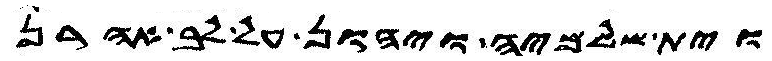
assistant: וית שלמיה ויהון על לב אהרן